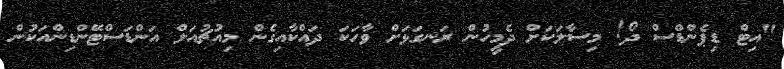
"އިޓް ޑިޕެންޑްސް ދޯ! މިސާާލަކަށް ދެމީހުން ރަނގަޅަށް ވާހަކަ ދައްކާއިގެން މިއުޗުއަލް އަންޑަސްޓޭންޑިންއަކުން